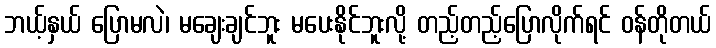
ဘယ့်နှယ် ပြောမလဲ၊ မချေးချင်ဘူး မပေးနိုင်ဘူးလို့ တည့်တည့်ပြောလိုက်ရင် ဝန်တိုတယ်